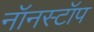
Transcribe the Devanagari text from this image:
नॉनस्‍टॉप